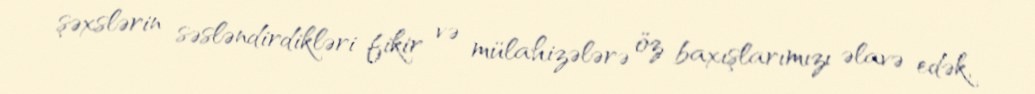
şəxslərin səsləndirdikləri fikir və mülahizələrə öz baxışlarımızı əlavə edək,